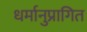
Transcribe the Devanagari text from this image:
धर्मानुप्रागित